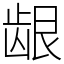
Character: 龈